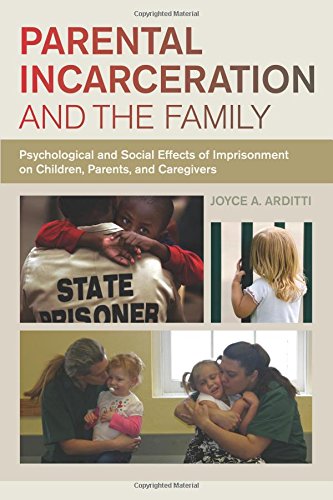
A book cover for Parental Incarceration and the Family: Psychological and Social Effects of Imprisonment on Children, Parents, and Caregivers; Joyce A. Arditti; Health, Fitness & Dieting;